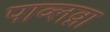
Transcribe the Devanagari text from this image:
पाव्लव्ना